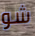
شو